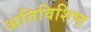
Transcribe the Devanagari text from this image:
अतिविशिष्ठ